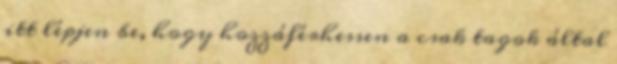
itt lépjen be, hogy hozzáférhessen a csak tagok által